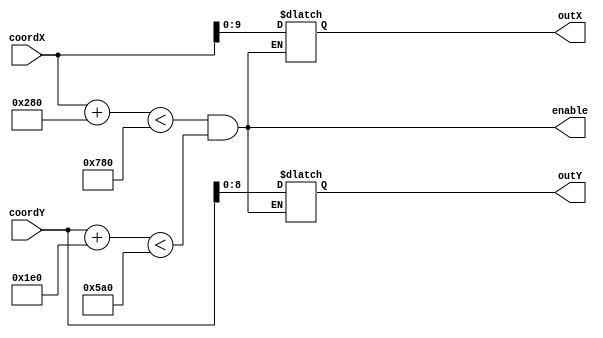
module VerificaCoord(coordX, coordY, outX, outY, enable);

	input [10:0]coordX, coordY;

	output wire enable;
	output reg[9:0] outX;
	output reg[8:0] outY;
	
	assign enable =((coordX+640)<1920)&((coordY+480)<1440);
	
	always@(*)begin
		if(enable) begin
			outX[9:0] = coordX[9:0]; 
			outY[8:0] = coordY[8:0];
		end
	end
	
endmodule